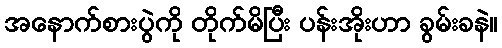
အနောက်စားပွဲကို တိုက်မိပြီး ပန်းအိုးဟာ ခွမ်းခနဲ။